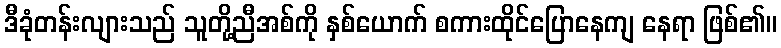
ဒီခုံတန်းလျားသည် သူတို့ညီအစ်ကို နှစ်ယောက် စကားထိုင်ပြောနေကျ နေရာ ဖြစ်၏။